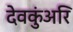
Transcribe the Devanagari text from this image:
देवकुंअरि